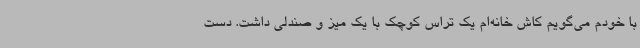
با خودم می‌گویم کاش خانه‌ام یک تراس کوچک با یک میز و صندلی داشت. دست‌